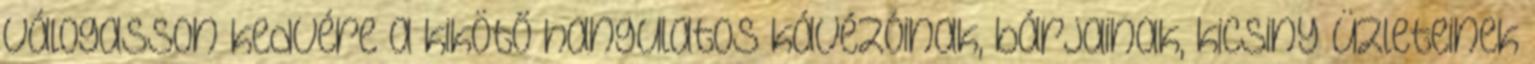
válogasson kedvére a kikötő hangulatos kávézóinak, bárjainak, kicsiny üzleteinek